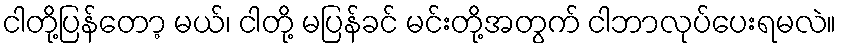
ငါတို့ပြန်တော့ မယ်၊ ငါတို့ မပြန်ခင် မင်းတို့အတွက် ငါဘာလုပ်ပေးရမလဲ။